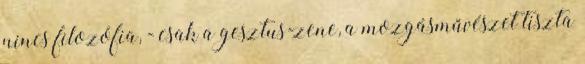
nincs filozófia, - csak a gesztus-zene, a mozgásművészet tiszta